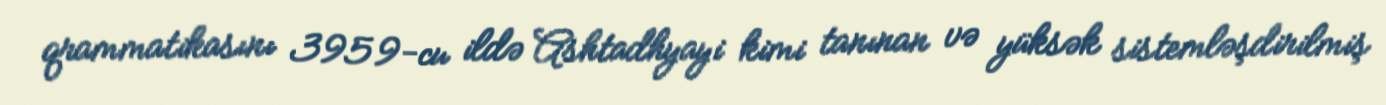
qrammatikasını 3959-cu ildə Ashtadhyayi kimi tanınan və yüksək sistemləşdirilmiş